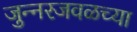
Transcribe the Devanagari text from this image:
जुन्‍नरजवळच्या